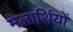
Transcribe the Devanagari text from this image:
मेलार्थियों